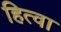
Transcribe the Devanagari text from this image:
हित्वा